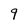
Character: 9